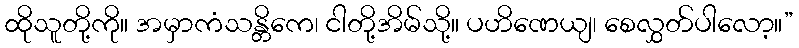
ထိုသူတို့ကို။ အမှာကံသန္တိကေ၊ ငါတို့အိမ်သို့။ ပဟိဏေယျ၊ စေလွှတ်ပါလော့။”